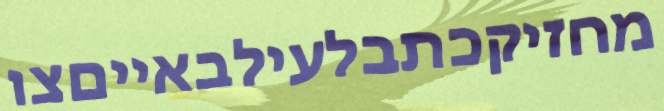
מחזיקכתבלעילבאייםצו